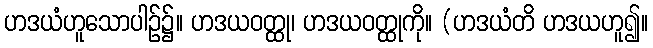
ဟဒယံဟူသောပါဉ်၌။ ဟဒယဝတ္ထု၊ ဟဒယဝတ္ထုကို။ (ဟဒယံတိ ဟဒယဟူ၍။